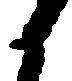
候